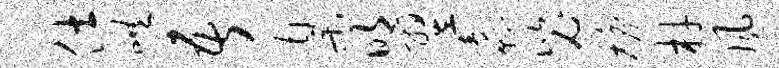
仕哄吾臬明翌纛毖檐材风